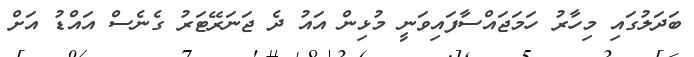
ބަދަލުގައި މިހާރު ހަމަޖައްސާފައިވަނީ މުޅިން އައު ދެ ޖަނަރޭޓަރު ގެނެސް އައްޑު އަށް